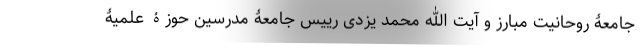
جامعۀ روحانیت مبارز و آیت الله محمد یزدی رییس جامعۀ مدرسین حوزۀ علمیۀ